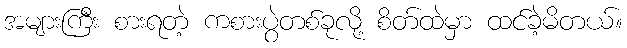
အများကြီး စားရတဲ့ ကစားပွဲတစ်ခုလို့ စိတ်ထဲမှာ ထင်ခဲ့မိတယ်။